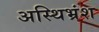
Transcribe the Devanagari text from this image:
अस्थिभ्रंश